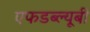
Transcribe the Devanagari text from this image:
एफडब्ल्यूबी